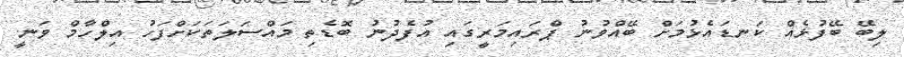
ލިބޭ ބޭފުޅެއް ކަނޑައެޅުމަށް ބޭއްވުނު ޕްރައިމަރީގައި އުފެދުނު ބޮޑެތި މައްސަލަތަކަށްފަހު އިލްހާމް ވަނީ